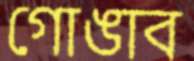
গোঙাব